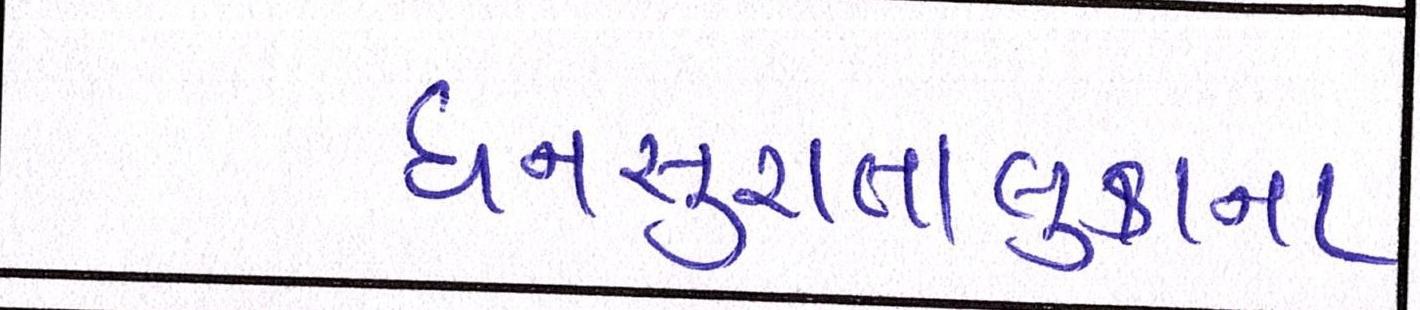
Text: ધનસુરાતાલુકાના